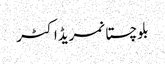
بلوچستانمریڈاکٹر